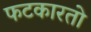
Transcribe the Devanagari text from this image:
फटकारतो